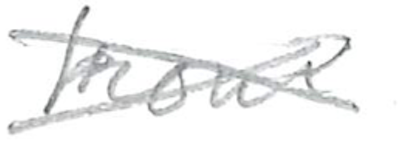
Text: from
Cross-out: cross
Writing tool: pencil